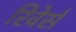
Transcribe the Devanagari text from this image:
रिवेर्स